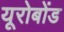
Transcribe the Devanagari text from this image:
यूरोबोंड